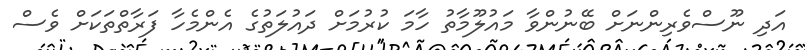
އަދި ނޫސްވެރިންނަށް ބޭނުންވާ މައުލޫމާތު ހާމަ ކުރުމަށް ދައުލަތުގެ އެންމެހާ ފަރާތްތަކަށް ވެސް